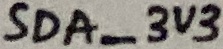
Text: SDA_3V3